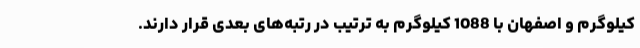
کیلوگرم و اصفهان با 1088 کیلوگرم به ترتیب در رتبه‌های بعدی قرار دارند.